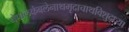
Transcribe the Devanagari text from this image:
नेपालकंबलेनाथमृदाचाथविशुद्ध्या